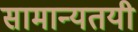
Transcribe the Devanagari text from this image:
सामान्यतयी